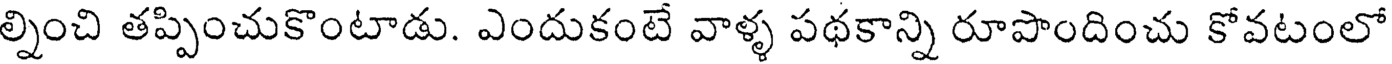
ల్నించి తప్పించుకొంటాడు. ఎందుకంటే వాళ్ళ పథకాన్ని రూపొందించు కోవటంలో